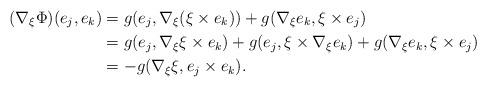
LaTeX: \begin{align*}(\nabla_\xi\Phi)(e_j,e_k)&=g(e_j,\nabla_\xi(\xi\times e_k))+g(\nabla_\xi e_k,\xi\times e_j)\\&=g(e_j,\nabla_\xi\xi\times e_k)+g(e_j,\xi\times\nabla_\xi e_k)+g(\nabla_\xi e_k,\xi\times e_j) \\&=-g(\nabla_\xi\xi,e_j\times e_k).\end{align*}